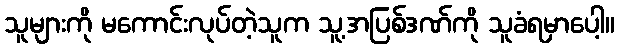
သူများကို မကောင်းလုပ်တဲ့သူက သူ့အပြစ်ဒဏ်ကို သူခံရမှာပေါ့။